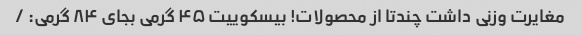
مغایرت وزنی داشت چندتا از محصولات! بیسکوییت ۴۵ گرمی بجای ۸۴ گرمی: /